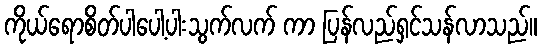
ကိုယ်ရောစိတ်ပါပေါ့ပါးသွက်လက် ကာ ပြန်လည်ရှင်သန်လာသည်။